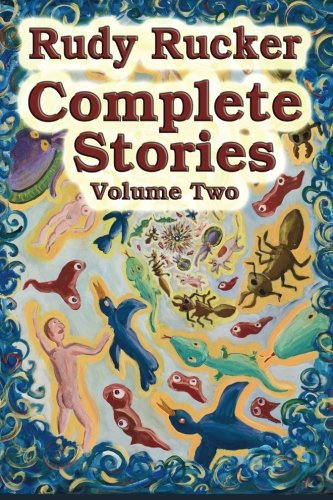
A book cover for Complete Stories, Volume Two (Volume 2); Rudy Rucker; Science Fiction & Fantasy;